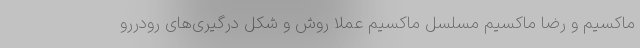
ماکسیم و رضا ماکسیم مسلسل ماکسیم عملا روش و شکل درگیری‌های رودررو